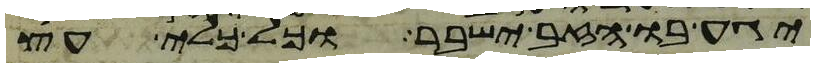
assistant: יגע בו הזב ישבר וכל כלי עץ